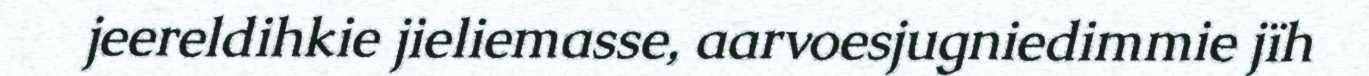
jeereldihkie jieliemasse, aarvoesjugniedimmie jïh